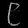
Digit: ၉